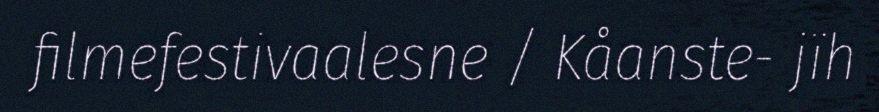
filmefestivaalesne / Kåanste- jïh